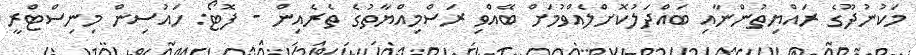
މަކުނުދޫގެ ރައްޔިތުންނާއި ބައްދަލުކޮށްލެއްވުމަށް ބޭއްވި ރަސްމިއްޔާތުގެ ތެރެއިން - ފޮޓޯ: ހައުސިން މިނިސްޓްރީ